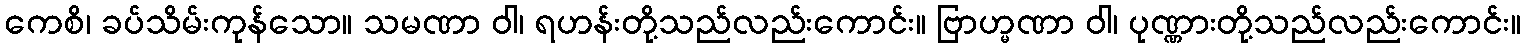
ကေစိ၊ ခပ်သိမ်းကုန်သော။ သမဏာ ဝါ၊ ရဟန်းတို့သည်လည်းကောင်း။ ဗြာဟ္မဏာ ဝါ၊ ပုဏ္ဏားတို့သည်လည်းကောင်း။